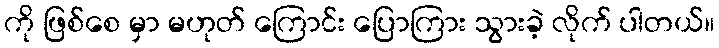
ကို ဖြစ်စေ မှာ မဟုတ် ကြောင်း ပြောကြား သွားခဲ့ လိုက် ပါတယ်။